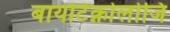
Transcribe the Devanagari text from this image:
बायोटेक्नोलोजि